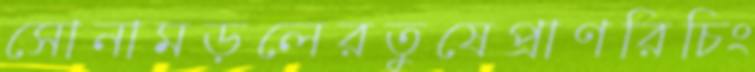
সোনামড়লেরতুষেপ্রাণরিচিং